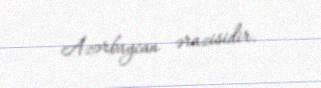
Azərbaycan ərazisidir.